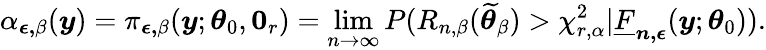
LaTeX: \alpha_{\boldsymbol{\epsilon,}\beta}(\boldsymbol{y})=\pi_{\boldsymbol{\epsilon,}\beta}(\boldsymbol{y};\boldsymbol{\theta}_{0},\boldsymbol{0}_{r})=\operatorname*{lim}_{n\rightarrow\infty}P(R_{n,\beta}(\widetilde{\boldsymbol{\theta}}_{\beta})>\chi_{r,\alpha}^{2}|\underline{{F}}_{\boldsymbol{n,\epsilon}}(\boldsymbol{y};\boldsymbol{\theta}_{0})).